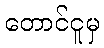
တောင်ငူမှ